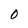
Character: 0